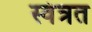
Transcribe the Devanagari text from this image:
स्वंत्रत